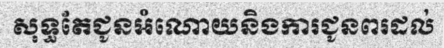
សុទ្ធតែជូនអំណោយនិងការជូនពរដល់